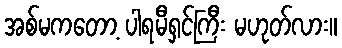
အစ်မကတော့ ပါရမီရှင်ကြီး မဟုတ်လား။